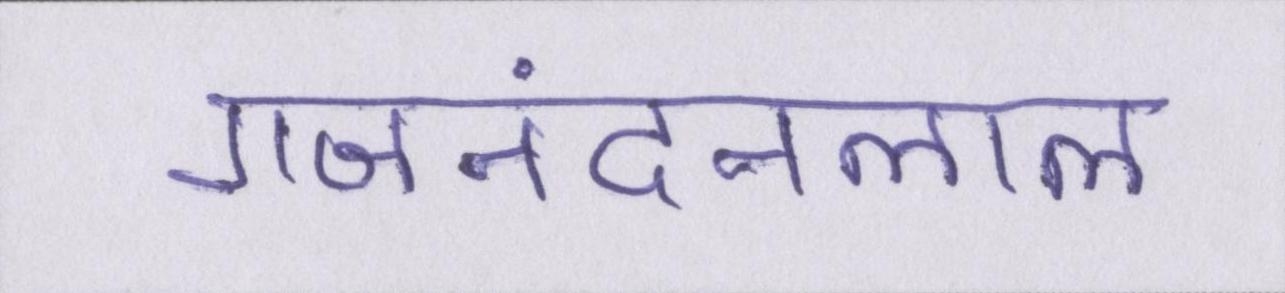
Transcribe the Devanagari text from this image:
गजनंदनलाल